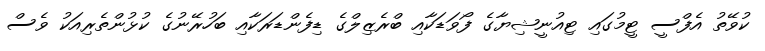
ކުވޭތު އެފްސީ ޓީމުގައި ޓިއުނީޝިޔާގެ ފޯވަޑަކާއި ބްރެޒިލްގެ ޑިފެންޑަރަކާއި ބަހުރޭނުގެ ކުޅުންތެރިއަކު ވެސް